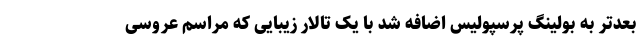
بعدتر به بولینگ پرسپولیس اضافه شد با یک تالار زیبایی که مراسم عروسی